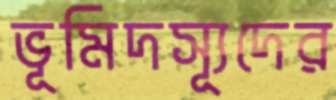
ভূমিদস্যূদের